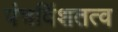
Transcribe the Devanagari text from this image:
पंचविंशतत्व